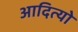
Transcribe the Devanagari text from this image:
आदित्यो